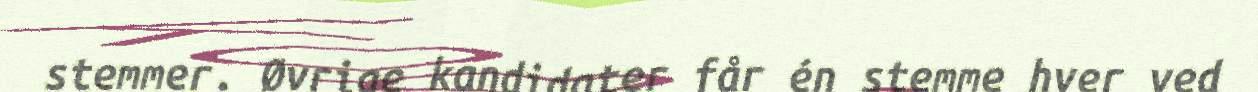
stemmer. Øvrige kandidater får én stemme hver ved